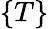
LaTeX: \{ T\}